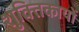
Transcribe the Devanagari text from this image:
शुक्तिकायों